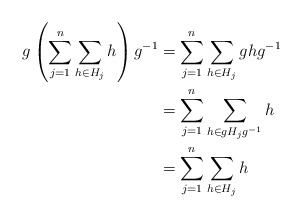
\begin{align*} g \left( \sum_{j=1}^n \sum_{h \in H_j} h \right) g^{-1} &= \sum_{j=1}^n \sum_{h \in H_j} g h g^{-1} \\ &= \sum_{j=1}^n \sum_{h \in g H_j g^{-1}} h \\ &= \sum_{j=1}^n \sum_{h \in H_j} h \end{align*}